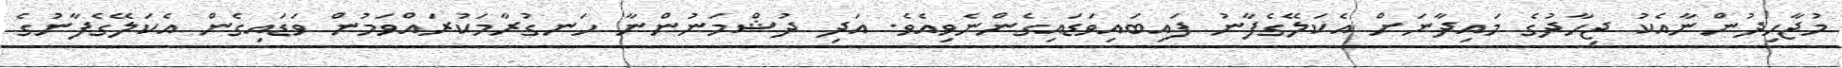
މުޖާހިދުންނާއެކު ޖިހާދުގެ މައިދާނަށް އެކަލޭގެފާނު ފައިބައިވަޑައިގެންނެވިއެވެ. އަދި ދުޝްމަނުންނާ ހަނގުރާމަކުރައްވަމުން ވަޑައިގެން އެކަލޭގެފާނުގެ